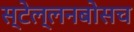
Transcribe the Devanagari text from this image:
स्‍टेल्‍लनबोसच